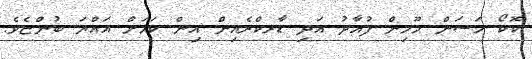
ކޮކޯ ހަސަން މޫމިން ފުއާދު އަދި ޑާރކްރެއިން އިން ކަމަށް އައްޔަ ބުންޏެވެ.